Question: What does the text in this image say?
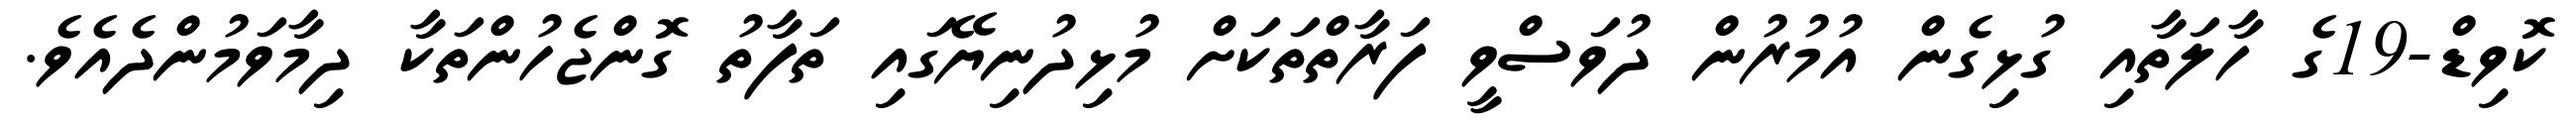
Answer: ކޮވިޑް-19ގެ ހާލަތާއި ގުޅިގެން އުމުރުން ދުވަސްވީ ފަރާތްތަކަށް މުޅިދުނިޔޭގައި ތަފާތު ގޮންޖެހުންތަކާ ދިމާވަމުންދެއެވެ.